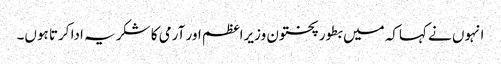
انہوں نے کہاکہ میں بطور پختون وزیراعظم اور آرمی کا شکریہ ادا کرتا ہوں۔